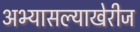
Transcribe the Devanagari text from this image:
अभ्यासल्याखेरीज